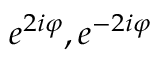
e ^ { 2 i \varphi } , e ^ { - 2 i \varphi }